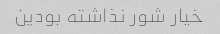
خیار شور نذاشته بودین